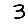
Digit: 3